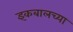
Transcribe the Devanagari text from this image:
इकबालच्या